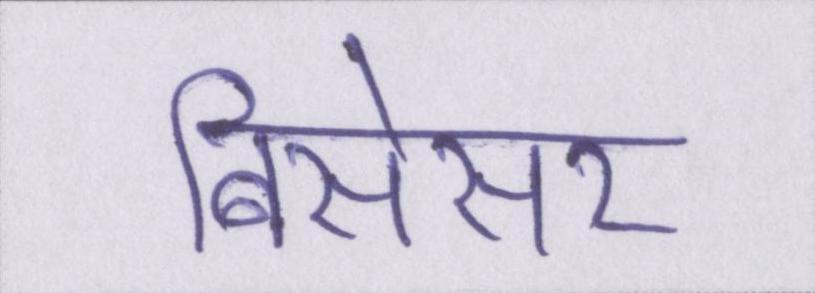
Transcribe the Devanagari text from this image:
बिसेसर